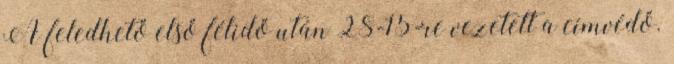
A feledhető első félidő után 28-15-re vezetett a címvédő.